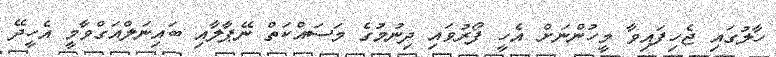
ހާލުގައި ޖެހިފައިވާ މީހުންނަށް އެހީ ފޯރުވައި ދިނުމުގެ މަސައްކަތް ނޭޕާލާއި ބައިނަލްއަގްވާމީ އެހީދޭ